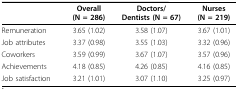
<table><thead><tr><td></td><td><b>Overall(N = 286)</b></td><td><b>Doctors/Dentists (N = 67)</b></td><td><b>Nurses(N = 219)</b></td></tr></thead><tbody><tr><td>Remuneration</td><td>3.65 (1.02)</td><td>3.58 (1.07)</td><td>3.67 (1.01)</td></tr><tr><td>Job attributes</td><td>3.37 (0.98)</td><td>3.55 (1.03)</td><td>3.32 (0.96)</td></tr><tr><td>Coworkers</td><td>3.59 (0.99)</td><td>3.67 (1.07)</td><td>3.57 (0.96)</td></tr><tr><td>Achievements</td><td>4.18 (0.85)</td><td>4.26 (0.85)</td><td>4.16 (0.85)</td></tr><tr><td>Job satisfaction</td><td>3.21 (1.01)</td><td>3.07 (1.10)</td><td>3.25 (0.97)</td></tr></tbody></table>